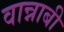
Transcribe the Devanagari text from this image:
वान्नाबी